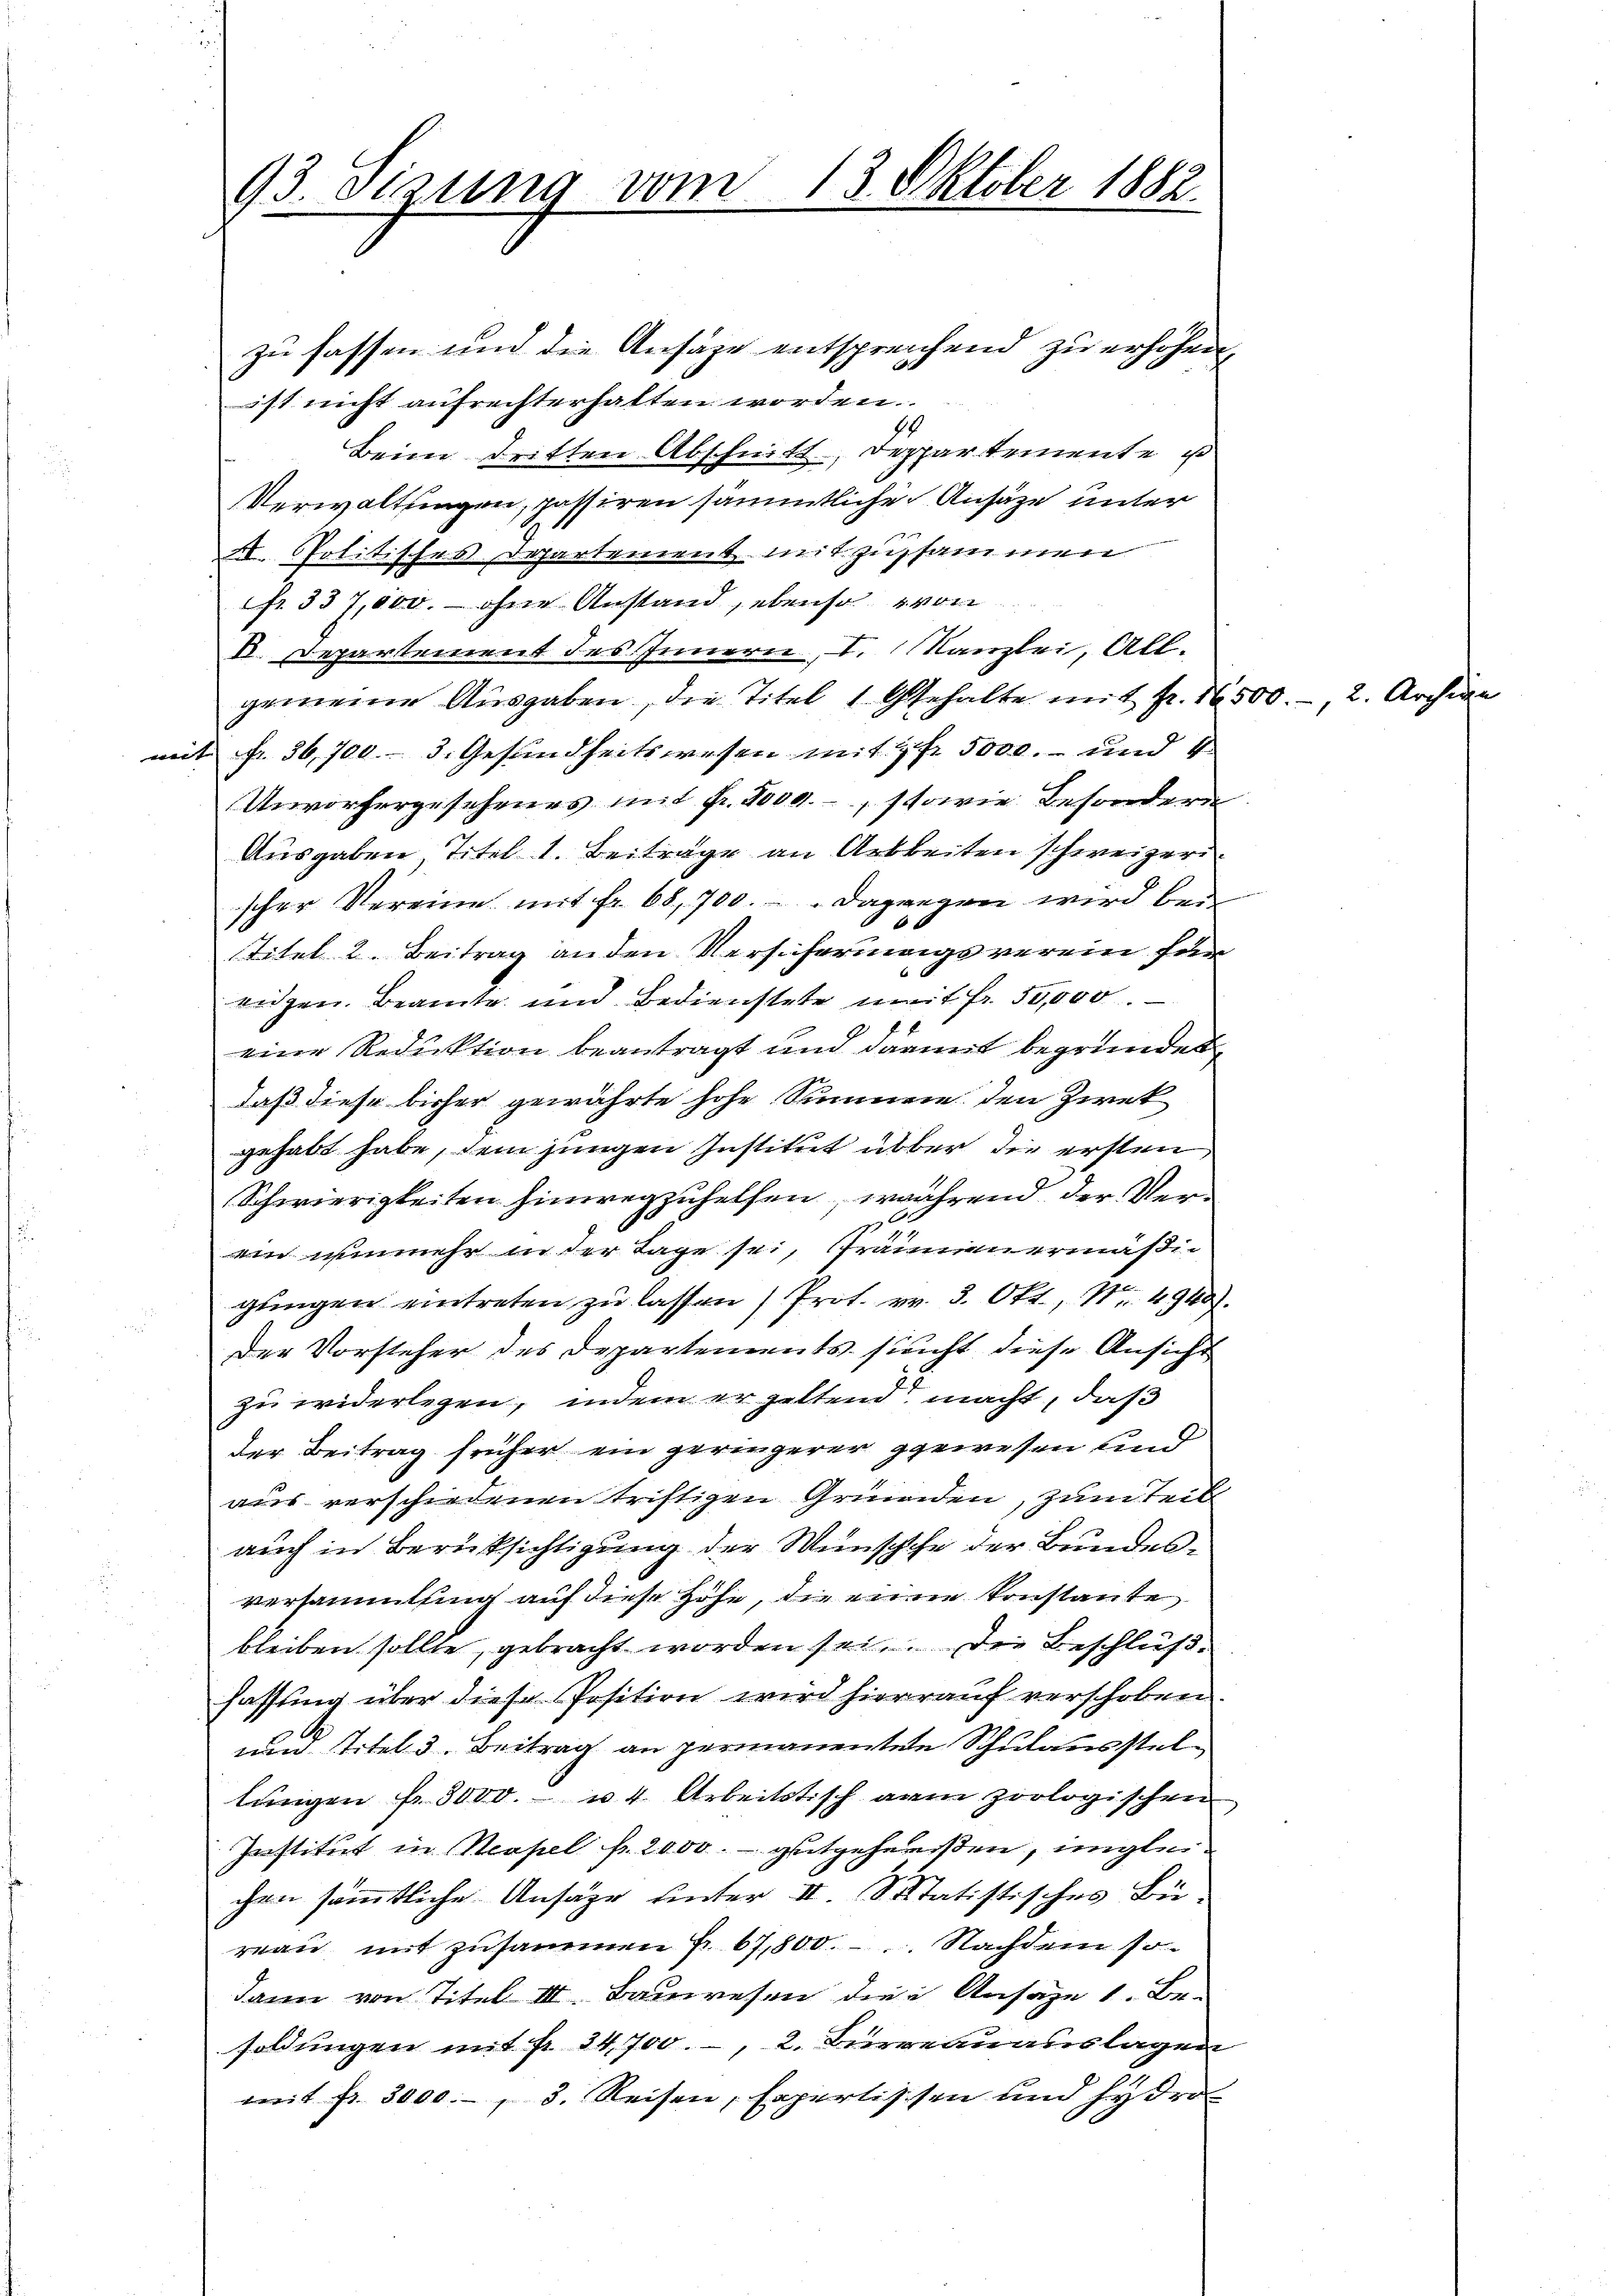
93. Sizung vom 13. Oktober 1882.

zu fassen und die Ansätze entsprechend zu erhöhen,
ist nicht aufrechterhalten worden.
44
Beim dritten Abschnitt, Deppartemente ist
Verwaltungen, passiren sämmtliche Ansätze unter
A. Politisches Departement mit zusammen
fr. 337,000. ohne Anstand, ebenso von
VI. Departement des Innern, I. Kanzlei, All-
gemeine Ausgaben, die Titel 1 Gehalte mit Fr. 16.
mit fr. 36,700.- 3. Gesundheitswesen mit 5 fr. 5000.- und 4
Unvorhergesehenes mit Fr. 5000.-, sowie besondern
Ausgaben, Titel 1. Beitrage an Arbeiten schweizerischer Vereine mit fr. 68, 700. Dagegen wird bei
e
Titel 2. Beitrag an den Versicherungsverein für
eidgen. Beamte und Bedienstete mit Fr. 50,000.
eine Reduktion beantragt und darmit begründet
daß diese bisher gewährte hohe Summe den Zwek
gehabt habe, dem jungen Institut über die ersten
Schwierigkeiten hinwegzuhelfen, während der Verp
.
ein nunmehr in der Tage sei, Prämmenermäßigungen eintreten zu lassen) Prot. v. 3. Okt., Nr. 4940
der Vorsteher des Departements sucht diese Ansicht
zu widerlegen, indem er geltend macht, daß
der Beitrag früher ein geringerer gewesen und
aus verschiedenen triftigen Gründen, zum teil
auch in Berüksichtigung der Wünschche der Bundesversammlung auf diese Höhe, die eine konstante
bleiben sollte, gebracht worden sei. Die Beschluß.
fassung über diese Position wird hierrauf verschoben.
um Titel d. Beitrag an permanentete Schulausstellungen fr. 3000.- u. 4. Arbeitstisch am zoologischen
Institut in Neapel fr. 2000. - gutgeheißen, ungleichen sämmtliche Ansäge unter II. Statistisches Büreau mit zusammen Fr. 67,800. Nachdem so
dann von Titel III. Bauwesen die Ansäße 1. Be-
soldungen mit fr. 34,700.-, 2. Bureauauslagen
mit fr. 3000.-, 3. Reisen, Expertissen und hydro

500.-, 2. Archive

m